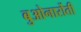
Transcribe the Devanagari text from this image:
बुओनार्रोती